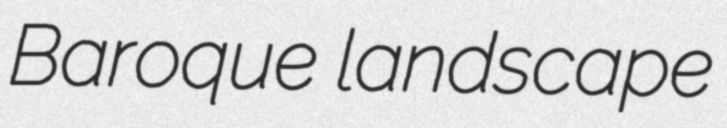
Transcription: Baroque landscape